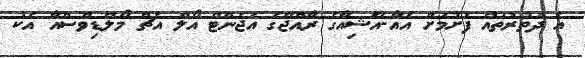
އެ ދަތުރުތައް ފެށުމަށް އެއާ-އޭޝިއާގެ ރާއްޖޭގެ އެޖެންޓް އޯލް އެޗް މޯލްޑިވްސްއާ އެކު